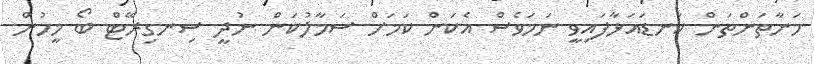
މަނާތަންތަން ކަނޑައަޅާފައިވީ ނަމަވެސް އެކަން ކަމަށް ސަމާލުކަން ނުދީ ސިނގިރޭޓް ބޯ މީހުން